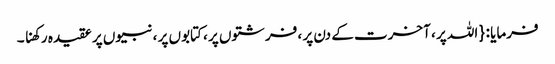
فرمایا : { اللہ پر ، آخرت کے دن پر ، فرشتوں پر ، کتابوں پر ، نبیوں پر عقیدہ رکھنا ۔